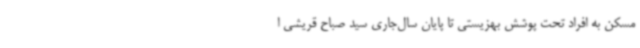
مسکن به افراد تحت پوشش بهزیستی تا پایان سال‌جاری سید صباح قریشی ا